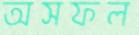
অসফল